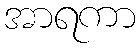
အာရကာ